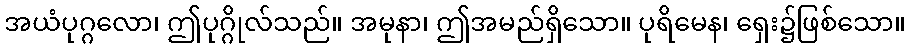
အယံပုဂ္ဂလော၊ ဤပုဂ္ဂိုလ်သည်။ အမုနာ၊ ဤအမည်ရှိသော။ ပုရိမေန၊ ရှေး၌ဖြစ်သော။